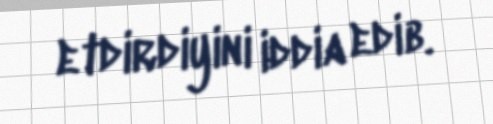
etdirdiyini iddia edib.